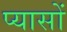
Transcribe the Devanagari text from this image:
प्यासों